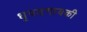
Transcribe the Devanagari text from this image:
धृपदगायकी